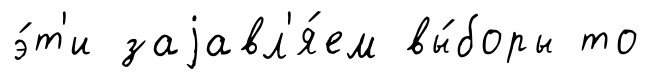
э́т'и заjавл'я́ем вы́боры то